Scottish Leaving Certificate Examination, 1961
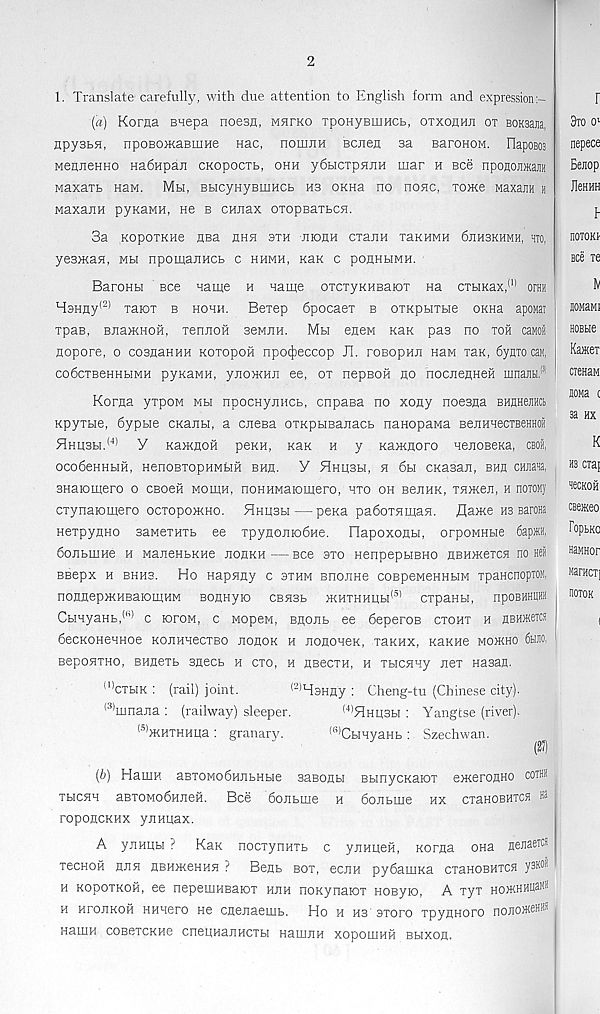
2
1. Translate carefully, with due attention to English form and expression
(a) Korna BHepa noesn, mheko ipoHyBuiHCb, otxojihji ot BOKsana,
npysbfl, npoBomaBinHe nac, nomjiH Bcnen sa BaroHOM. IlapoBos
MehneHHO Ha6npai! cKopocxb, ohh ydbicxpHiiH mar h ece npononaam
Maxarb HaM. Mu, BbicyHyBiuncb hb OKHa no none, Toxce Maxann h
MaxanH pyKaMH, He b ennax OTopBaTbcn.
3a KopoTKHe hbh hhh sth hiohh CTanH xaKHMH 6hh3khmh, to,
yesman, mh npomarrHCb c hhmh, Rax c pohhhmh.
BaroHbi Bee name h name oiCTyKHsaioT na cxbiKax, (1) oraH
H3Hny (2) xaiox b hohh. Bexep 6pocaex b oxxpbixHe okhe apoMai
xpaB, BJiamnoH, xenjiofi 3eMJiH. Mh enen Rax pas no xoh caMoii
nopore, o cosnaHHH Koxopoh npo^eccop II. roBopHJi: nan xax, 6ynxo can,
co6cxBeHHbiMH pyKaMH, yjioxKHJi ee, ox nepsoH no nocnenHeH ninajiH. ,Ji
Korna yxpoM mbi npocHynncb, enpasa no xony noesna EHnnenHct
Kpyxbie, 6ypbie CKanbi, a cnesa oxupuBanacb nanopaMa BejiHnecTBeHHoa
EIhl(3H. (4) Y KaxKnoH peKH, KaK h y KajRnoro nenoBeKa, CBoii,
ocodeHHbiH, HenoBXopHMbiH bhh. Y Hhhsh, h 6h CKasan, bha CHJiaia,
snaiomero o cboch moihh, noHHMaiomero, hxo oh BenHK, xn>Ken, h noxoMy
cxynaromero ocxopo>KHO. Hhusbi—pena padoxnman. flame hb BaroHa
Hexpynno saMexHXb ee xpynomodHe. Hapoxonbi, orpoMHbie 6apffl,
donbmHe h ManeHbKHe nonRH—Bee sxo HenpepbiBHO nBHmexca no Hei
BBepx H BHH3. Ho HapHHy C 3XHM BnOJlHe COBpeMeHHbIM xpanenopTON,
nonnepxcHBaromHM sonHyio cbhsb >khxhhuh (5) cxpaHbi, npoBHHUffl
CbiHyaHb, (h) c roroM, c Mopew, Bnonb ee deperoB cxohx h nEHserra
decKOHenHoe KOJiHHecxBO nonoK h nononeK, xaKHX, KaRHe mokho 6tiJio,
BeponxHo, Bnnexb sneeb h cxo, h nBecxH, h xHcnny nex Hasan.
ll) cxbiK : (rail) joint.
(2) M3Hny : Cheng-tu (Chinese city).
(3) mnajia : (railway) sleeper.
(4) 51hh3h : Yangtse (river).
( ' ,) >KHXHHHa : granary.
(l,) CbiHyaHb : Szechwan.
(27)
[b) Hamn aBXOModHnbHbie sasonbi BunycKaiox emeronHO coth*
xbicnH aBXOModHneH. Bee donbme h donbme hx cxaHOBHica M
roponcKHX yjiHqax.
A ynHUbi ? Kan nocxynHXb c ymmefi, Korna ona nenaeica
xecHOH nun HBHmeHHH ? Bens box, ecjiH pydamxa cxaHOBHXCH y 3I( ®
h KopoxKOH, ee nepemHBaiox huh noKynaiox HOByio, A xyx hojkhhu^mh
h HroiiKOH HHHero He cnenaemb. Ho h hs sxoro xpynHoro nonoxteH®
Hamn coBexcKHe cneuHaiiHcxbi namiiH xopomufi Bbixon.
r
8to o i
nepece
Bejiop
JleHHH
nOTOKJ
see xe
IV
BOMaMI
HOBbie
Kawei
cieHaM
WMa t
33 HX
K
H3 CTaj
HeCKOH
CBeKeo
ropbKO
HaMHor
MarHcx]
tlOTOK